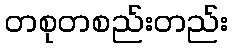
တစုတစည်းတည်း